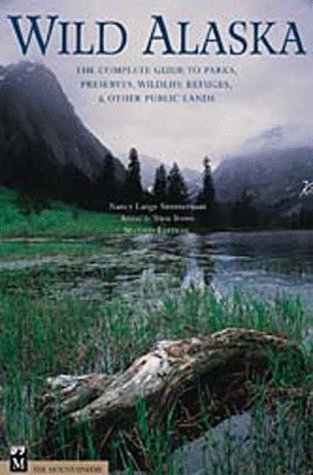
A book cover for Wild Alaska: The Complete Guide to Parks, Preserves, Wildlife Refuges, & Other Public Lands, Second Edition; Nancy Simmerman; Travel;